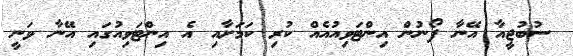
ސުބުޖީއާ އޭނާ ފޯނުން އިންޓަވިއުއެއް ކުރި ކަމަށާއި އެ އިންޓަވިއުގައި އޭނާ ވަނީ